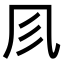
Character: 𠘱